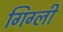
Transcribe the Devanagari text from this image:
गिग्ली